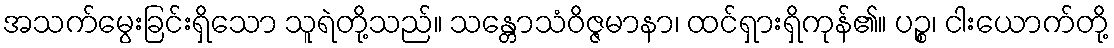
အသက်မွေးခြင်းရှိသော သူရဲတို့သည်။ သန္တောသံဝိဇ္ဇမာနာ၊ ထင်ရှားရှိကုန်၏။ ပဉ္စ၊ ငါးယောက်တို့